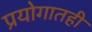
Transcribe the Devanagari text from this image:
प्रयोगातही